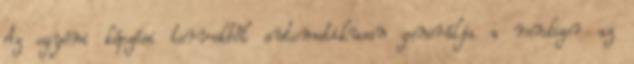
Az egyéni képzési tervekből automatikusan generálja a rendszer az